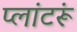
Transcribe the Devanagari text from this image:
प्लांटरूं